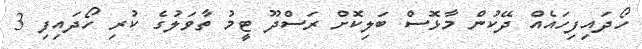
ހޯދައިފިހައެއް ދޭކުން މާޅޮސް ބަލިކޮށް ރަސްދޫ ޓީމު ތާވަލުގެ ކުރި ހޯދައިފި 3